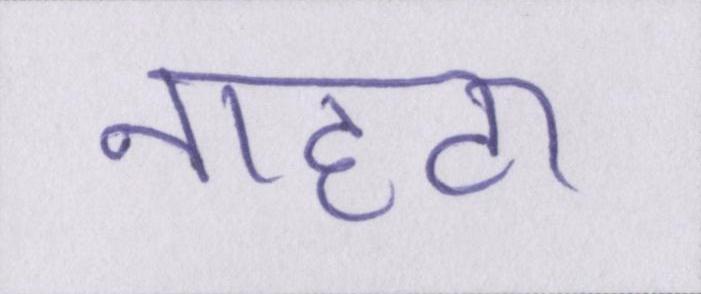
नाहटा